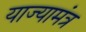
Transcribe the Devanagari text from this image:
याज्यामंत्र